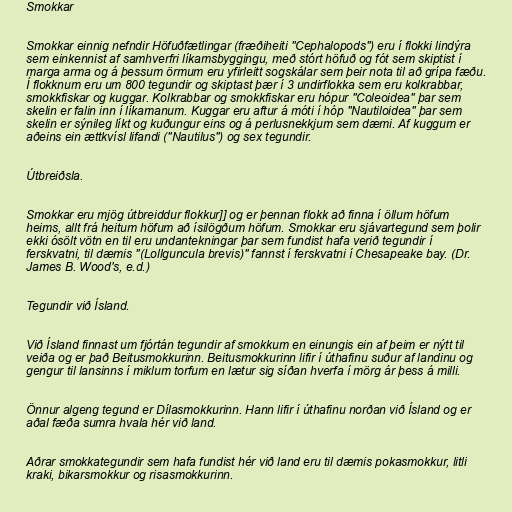
Smokkar

Smokkar einnig nefndir Höfuðfætlingar (fræðiheiti "Cephalopods") eru í flokki lindýra
sem einkennist af samhverfri líkamsbyggingu, með stórt höfuð og fót sem skiptist í
marga arma og á þessum örmum eru yfirleitt sogskálar sem þeir nota til að grípa fæðu.
Í flokknum eru um 800 tegundir og skiptast þær í 3 undirflokka sem eru kolkrabbar,
smokkfiskar og kuggar. Kolkrabbar og smokkfiskar eru hópur "Coleoidea" þar sem
skelin er falin inn í líkamanum. Kuggar eru aftur á móti í hóp "Nautiloidea" þar sem
skelin er sýnileg líkt og kuðungur eins og á perlusnekkjum sem dæmi. Af kuggum er
aðeins ein ættkvísl lifandi ("Nautilus") og sex tegundir.

Útbreiðsla.

Smokkar eru mjög útbreiddur flokkur]] og er þennan flokk að finna í öllum höfum
heims, allt frá heitum höfum að ísilögðum höfum. Smokkar eru sjávartegund sem þolir
ekki ósölt vötn en til eru undantekningar þar sem fundist hafa verið tegundir í
ferskvatni, til dæmis "(Lollguncula brevis)" fannst í ferskvatni í Chesapeake bay. (Dr.
James B. Wood's, e.d.)

Tegundir við Ísland.

Við Ísland finnast um fjórtán tegundir af smokkum en einungis ein af þeim er nýtt til
veiða og er það Beitusmokkurinn. Beitusmokkurinn lifir í úthafinu suður af landinu og
gengur til lansinns í miklum torfum en lætur sig síðan hverfa í mörg ár þess á milli.

Önnur algeng tegund er Dílasmokkurinn. Hann lifir í úthafinu norðan við Ísland og er
aðal fæða sumra hvala hér við land.

Aðrar smokkategundir sem hafa fundist hér við land eru til dæmis pokasmokkur, litli
kraki, bikarsmokkur og risasmokkurinn.